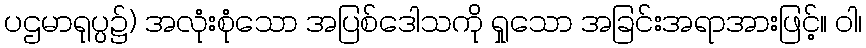
ပဌမာရုပ္ပ၌) အလုံးစုံသော အပြစ်ဒေါသကို ရှုသော အခြင်းအရာအားဖြင့်။ ဝါ၊